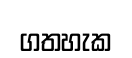
ගතහැක